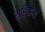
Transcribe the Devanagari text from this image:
सहितांश